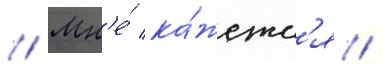
// Мн'е́ ка́жетс'я /